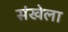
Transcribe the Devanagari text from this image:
संखेला